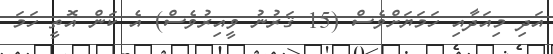
އަދި މިއަދާއި ހަމަޔަށްވެސް (15 ޤަރުނު ވީއިރުވެސް) އެ ކަން އޮތީ ހަމަ